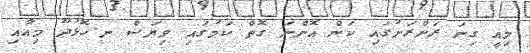
މިއީ ގިނަ ރަށްރަށުގައި ކަން އޮންނަ ގޮތް ކަމުގައި ވިޔަސް ނ.ހޮޅުދޫ މިއާއި